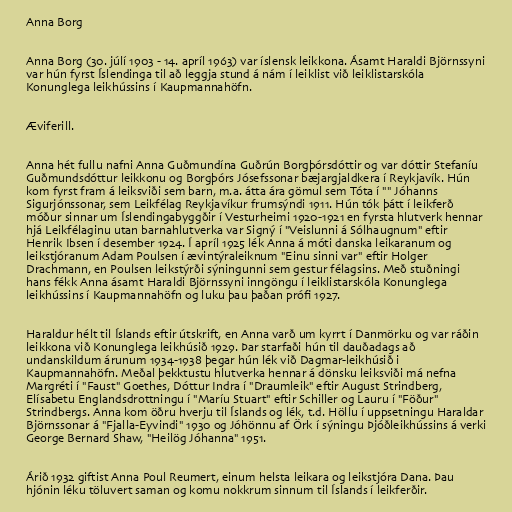
Anna Borg

Anna Borg (30. júlí 1903 - 14. apríl 1963) var íslensk leikkona. Ásamt Haraldi Björnssyni
var hún fyrst Íslendinga til að leggja stund á nám í leiklist við leiklistarskóla
Konunglega leikhússins í Kaupmannahöfn.

Æviferill.

Anna hét fullu nafni Anna Guðmundína Guðrún Borgþórsdóttir og var dóttir Stefaníu
Guðmundsdóttur leikkonu og Borgþórs Jósefssonar bæjargjaldkera í Reykjavík. Hún
kom fyrst fram á leiksviði sem barn, m.a. átta ára gömul sem Tóta í "" Jóhanns
Sigurjónssonar, sem Leikfélag Reykjavíkur frumsýndi 1911. Hún tók þátt í leikferð
móður sinnar um Íslendingabyggðir í Vesturheimi 1920-1921 en fyrsta hlutverk hennar
hjá Leikfélaginu utan barnahlutverka var Signý í "Veislunni á Sólhaugnum" eftir
Henrik Ibsen í desember 1924. Í apríl 1925 lék Anna á móti danska leikaranum og
leikstjóranum Adam Poulsen í ævintýraleiknum "Einu sinni var" eftir Holger
Drachmann, en Poulsen leikstýrði sýningunni sem gestur félagsins. Með stuðningi
hans fékk Anna ásamt Haraldi Björnssyni inngöngu í leiklistarskóla Konunglega
leikhússins í Kaupmannahöfn og luku þau þaðan prófi 1927.

Haraldur hélt til Íslands eftir útskrift, en Anna varð um kyrrt í Danmörku og var ráðin
leikkona við Konunglega leikhúsið 1929. Þar starfaði hún til dauðadags að
undanskildum árunum 1934-1938 þegar hún lék við Dagmar-leikhúsið i
Kaupmannahöfn. Meðal þekktustu hlutverka hennar á dönsku leiksviði má nefna
Margréti í "Faust" Goethes, Dóttur Indra í "Draumleik" eftir August Strindberg,
Elísabetu Englandsdrottningu í "Maríu Stuart" eftir Schiller og Lauru í "Föður"
Strindbergs. Anna kom öðru hverju til Íslands og lék, t.d. Höllu í uppsetningu Haraldar
Björnssonar á "Fjalla-Eyvindi" 1930 og Jóhönnu af Örk í sýningu Þjóðleikhússins á verki
George Bernard Shaw, "Heilög Jóhanna" 1951.

Árið 1932 giftist Anna Poul Reumert, einum helsta leikara og leikstjóra Dana. Þau
hjónin léku töluvert saman og komu nokkrum sinnum til Íslands í leikferðir.